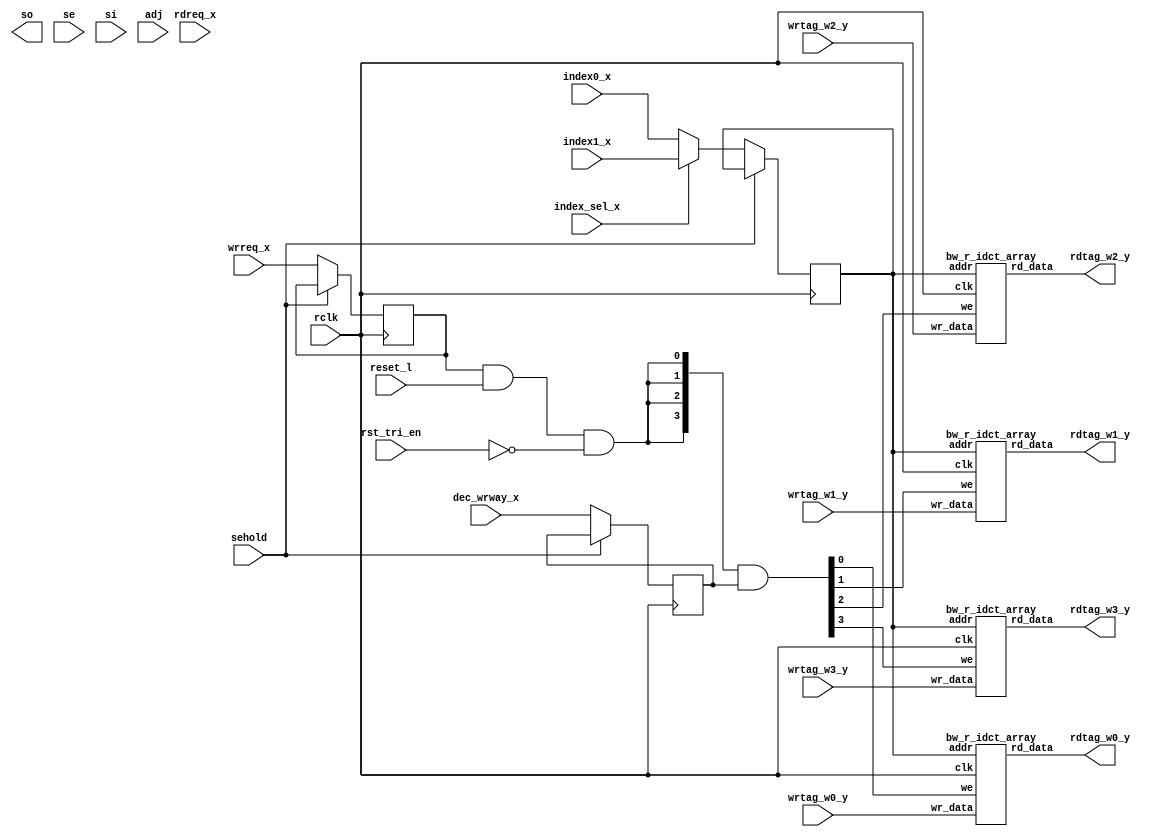
// ========== Copyright Header Begin ==========================================
// 
// OpenSPARC T1 Processor File: bw_r_idct.v
// Copyright (c) 2006 Sun Microsystems, Inc.  All Rights Reserved.
// DO NOT ALTER OR REMOVE COPYRIGHT NOTICES.
// 
// The above named program is free software; you can redistribute it and/or
// modify it under the terms of the GNU General Public
// License version 2 as published by the Free Software Foundation.
// 
// The above named program is distributed in the hope that it will be 
// useful, but WITHOUT ANY WARRANTY; without even the implied warranty of
// MERCHANTABILITY or FITNESS FOR A PARTICULAR PURPOSE.  See the GNU
// General Public License for more details.
// 
// You should have received a copy of the GNU General Public
// License along with this work; if not, write to the Free Software
// Foundation, Inc., 51 Franklin St, Fifth Floor, Boston, MA 02110-1301, USA.
// 
// ========== Copyright Header End ============================================
////////////////////////////////////////////////////////////////////////
/*
 //  Module Name:  bw_r_idct.v
 //  Description:	
 //    Contains the RTL for the icache and dcache tag blocks.  
 //    This is a 1RW 512 entry X 33b macro, with 132b rd and 132b wr,
 //    broken into 4 33b segments with its own write enable.
 //    Address and Control inputs are available the stage before
 //    array access, which is referred to as "_x".  Write data is
 //    available in the same stage as the write to the ram, referred
 //    to as "_y".  Read data is also read out and available in "_y".
 //
 //            X       |      Y
 //     index          |  ram access
 //     index sel      |  write_tag 
 //     rd/wr req      |     -> read_tag
 //     way enable     |
 */


////////////////////////////////////////////////////////////////////////
// Local header file includes / local defines
////////////////////////////////////////////////////////////////////////

//FPGA_SYN enables all FPGA related modifications
 





module bw_r_idct(rdtag_w0_y, rdtag_w1_y, rdtag_w2_y, rdtag_w3_y, so, rclk, se, 
	si, reset_l, sehold, rst_tri_en, index0_x, index1_x, index_sel_x, 
	dec_wrway_x, rdreq_x, wrreq_x, wrtag_w0_y, wrtag_w1_y, wrtag_w2_y, 
	wrtag_w3_y, adj);

	input			rclk;
	input			se;
	input			si;
	input			reset_l;
	input			sehold;
	input			rst_tri_en;
	input	[6:0]		index0_x;
	input	[6:0]		index1_x;
	input			index_sel_x;
	input	[3:0]		dec_wrway_x;
	input			rdreq_x;
	input			wrreq_x;
	input	[32:0]		wrtag_w0_y;
	input	[32:0]		wrtag_w1_y;
	input	[32:0]		wrtag_w2_y;
	input	[32:0]		wrtag_w3_y;
	input	[3:0]		adj;
	output	[32:0]		rdtag_w0_y;
	output	[32:0]		rdtag_w1_y;
	output	[32:0]		rdtag_w2_y;
	output	[32:0]		rdtag_w3_y;
	output			so;

	wire			clk;
	reg	[6:0]		index_y;
	reg			rdreq_y;
	reg			wrreq_y;
	reg	[3:0]		dec_wrway_y;
	wire	[6:0]		index_x;
	wire	[3:0]		we;

   	reg [131:0]  rdtag_sa_y; //for error_inject XMR

	assign clk = rclk;
	assign index_x = (index_sel_x ? index1_x : index0_x);
	assign we = ({4 {((wrreq_y & reset_l) & (~rst_tri_en))}} & dec_wrway_y);

	always @(posedge clk) begin
	  if (~sehold) begin
	    rdreq_y <= rdreq_x;
	    wrreq_y <= wrreq_x;
	    index_y <= index_x;
	    dec_wrway_y <= dec_wrway_x;
	  end
	end

	bw_r_idct_array ictag_ary_00(
		.we	(we[0]),
		.clk	(clk),
		.rd_data(rdtag_w0_y), 
		.wr_data(wrtag_w0_y),
		.addr	(index_y));

	bw_r_idct_array ictag_ary_01(
		.we	(we[1]),
		.clk	(clk),
		.rd_data(rdtag_w1_y),
		.wr_data(wrtag_w1_y),
		.addr	(index_y));

	bw_r_idct_array ictag_ary_10(
		.we	(we[2]),
		.clk	(clk),
		.rd_data(rdtag_w2_y),
		.wr_data(wrtag_w2_y),
		.addr	(index_y));

	bw_r_idct_array ictag_ary_11(
		.we	(we[3]),
		.clk	(clk),
		.rd_data(rdtag_w3_y),
		.wr_data(wrtag_w3_y),
		.addr	(index_y));

endmodule

module bw_r_idct_array(we, clk, rd_data, wr_data, addr);

input we;
input clk;
input [32:0] wr_data;
input [6:0] addr;
output [32:0] rd_data;
reg [32:0] rd_data;

reg	[32:0]		array[127:0] /* synthesis syn_ramstyle = block_ram  syn_ramstyle = no_rw_check */ ;


	always @(negedge clk) begin
	  if (we) array[addr] <= wr_data;
	  else rd_data <= array[addr];
	end
endmodule